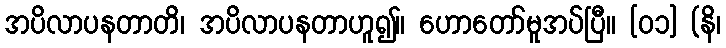
အပိလာပနတာတိ၊ အပိလာပနတာဟူ၍။ ဟောတော်မူအပ်ပြီ။ [၀၁] (နိ၊